Scottish Leaving Certificate Examination, 1960
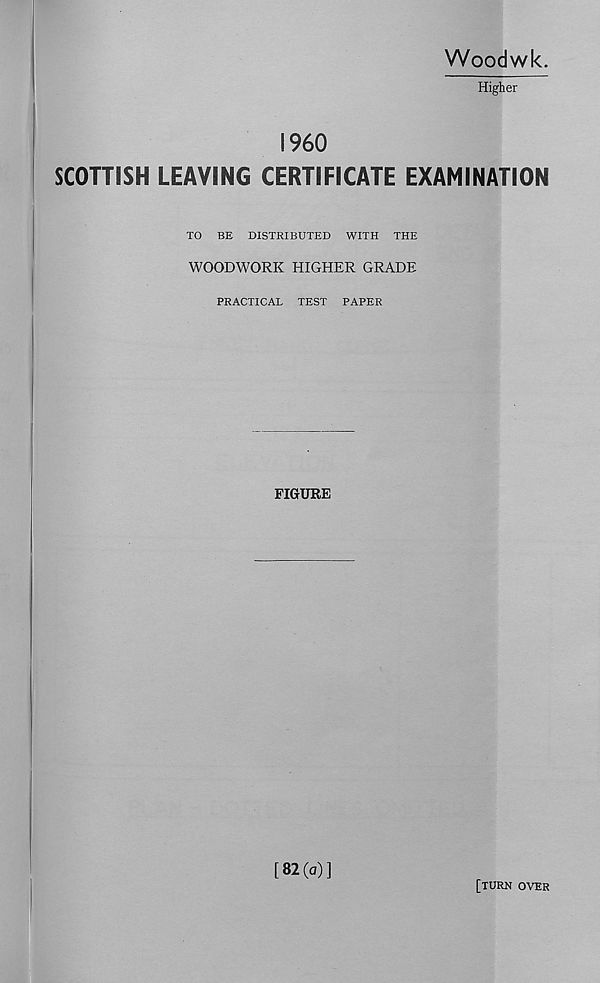
Woodwk.
Higher
I960
SCOTTISH LEAVING CERTIFICATE EXAMINATION
-
TO BE DISTRIBUTED WITH THE
WOODWORK HIGHER GRADE
PRACTICAL TEST PAPER
FIGURE
[82(o)]
[TURK OVER